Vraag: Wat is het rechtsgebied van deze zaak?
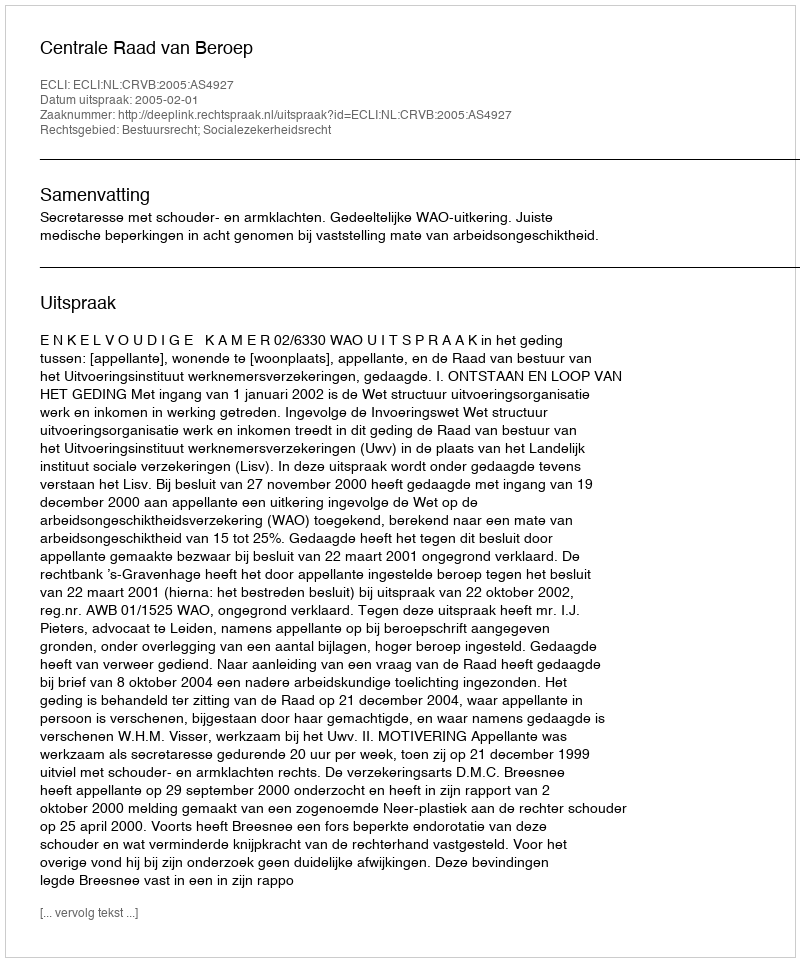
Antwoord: Bestuursrecht; Socialezekerheidsrecht